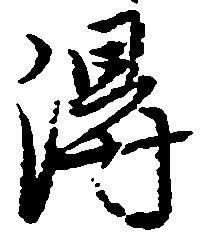
得